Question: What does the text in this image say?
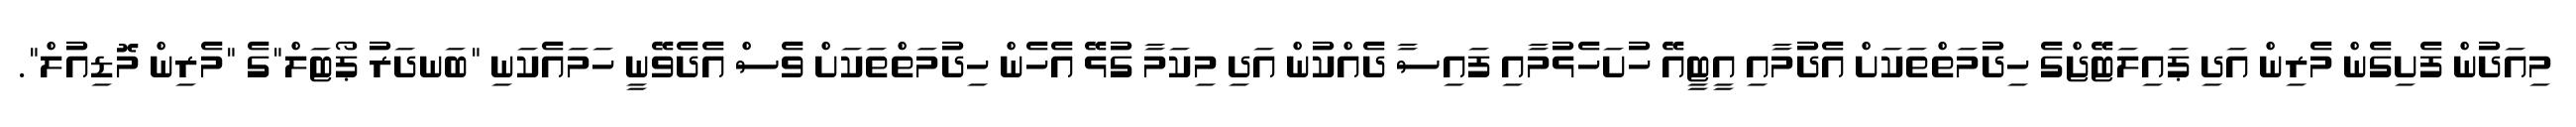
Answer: މިއަދުން ފެށިގެން މެރިން އަދި ޕައިލަޓޭޖްގެ ހިދުމަތްތަކަށް އެދުމާއި އީޓީއޭ ހުށަހެޅުމާއި ފައިސާ ދެއްކުން އަދި މިކަމާ ގުޅޭ އެހެން ހިދުމަތްތަކަށް ވެސް އެދެވޭނީ ހަމައެކަނި "ބަނދަރު ޕޯޓަލް"ގެ "މެރިން މޮޑިއުލް".